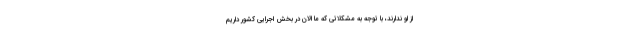
از او ندارند، با توجه به مشکلاتی که ما الان در بخش اجرایی کشور داریم